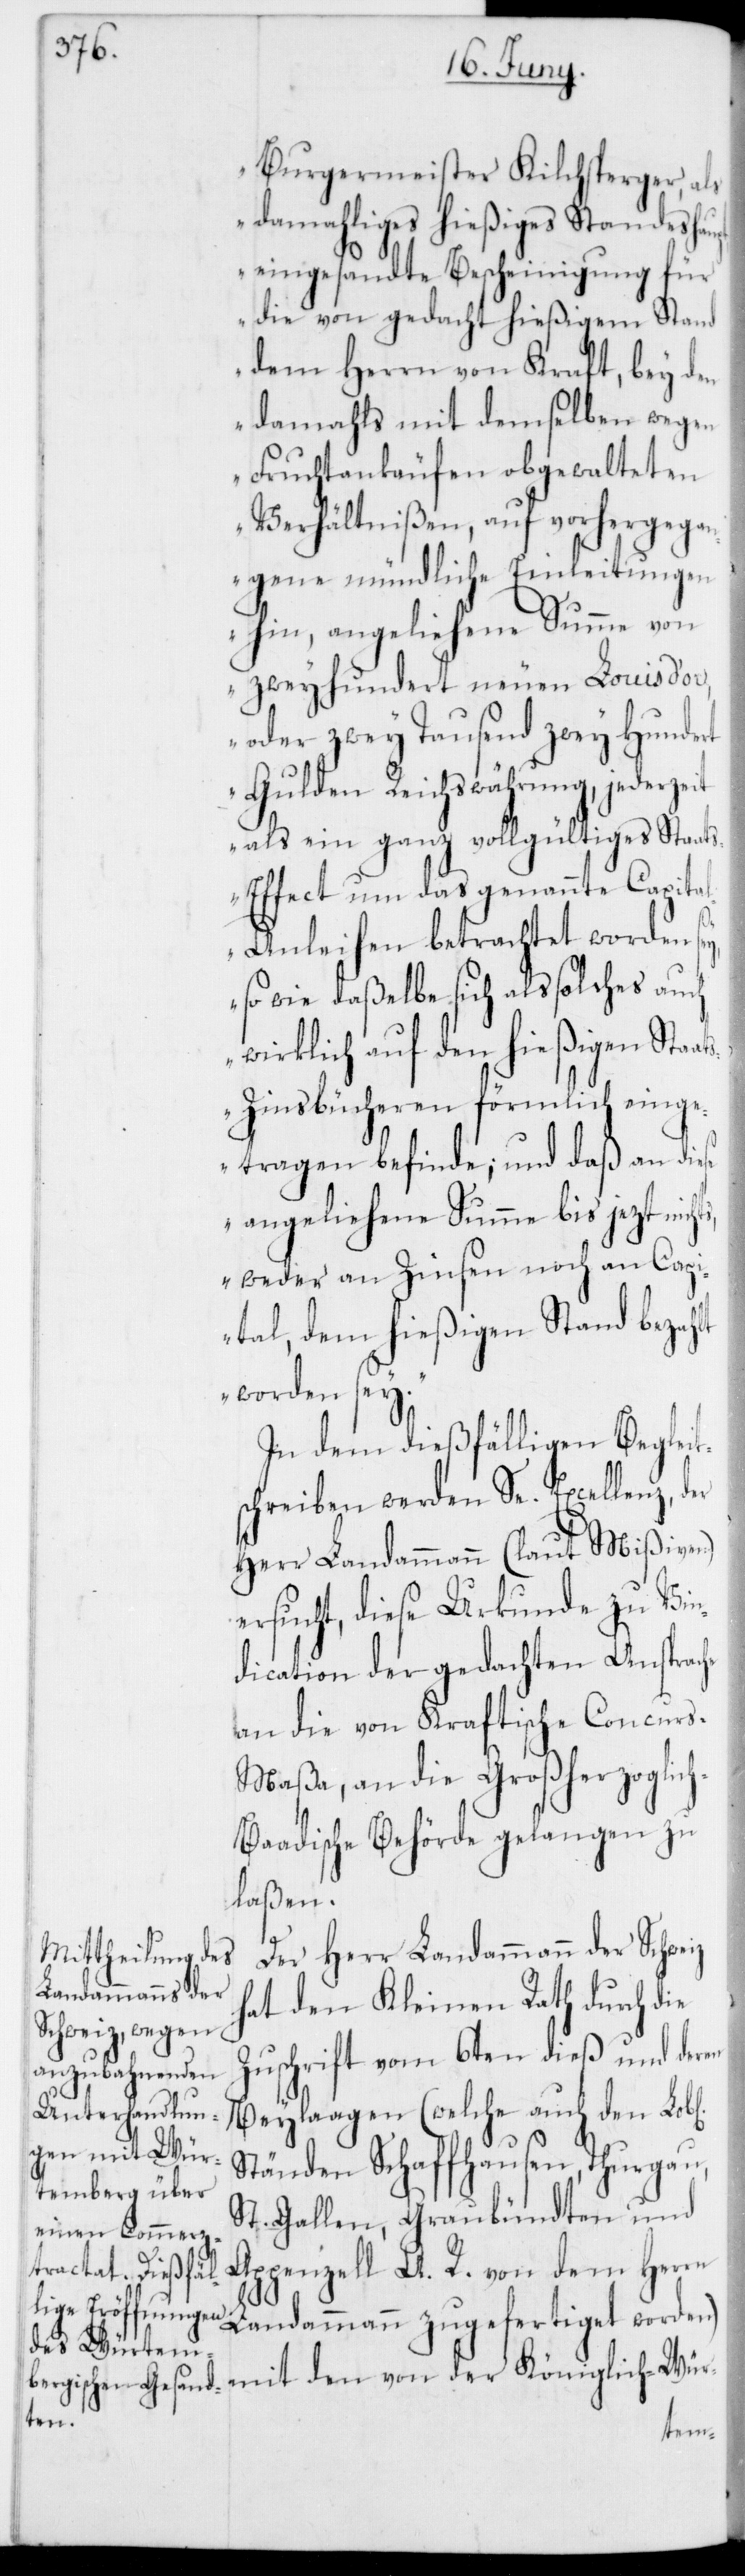
h-B¬

Burgermeister Kilchsperger, als
damahliges hießiges Standeshau¬
eingesandte Bescheinigung für
die von gedacht hießigem Stand
dem Herrn von Kraft, bey den
damahls mit demselben wegen
Fruchtankäufen obgewalteten
Verhältnißen, auf vorhergegan¬
gene mündliche Einleitungen
hin, angeliehene Summe von
zweyhundert neuen Louis d’or,
oder zwey Tausend zwey hund¬
Gulden Reichswährung, jederze¬
it als ein ganz vollgültiges Staat¬
s-Effect um das genannte Capita¬
l-Anleihen betrachtet worden
sowie daßelbe sich als solches auch
wirklich auf den hießigen Sta¬
s-Zinsbücheren förmlich einge¬
tragen befinde; und daß an diese
angeliehene Summe bis jetzt
weder an Zinsen noch an Capi¬
tal, dem hießigen Stand bezahlt
worden sey.“
In dem dießfälligen Begleit¬
schreiben werden Se. Excellenz, der
Herr Landammann (laut Mißiven)
ersucht, diese Urkunde zu Vin¬
dication der gedachten Ansprache
an die von Kraftische Concur¬
s-Maßa, an die Großherzoglic¬
aadische Behörde gelangen zu
laßen.
Der Herr Landammann der Schweiz
hat den Kleinen Rath durch die
Zuschrift vom 6ten dieß und deren
Beylagen (welche auch den Lobl.
Ständen Schaffhausen, Thurgau,
St. Gallen, Graubündten und
Appenzell A. R. von dem Herrn
Landammann zugefertiget worden)
mit den von der Königlich-Wür-
pt,